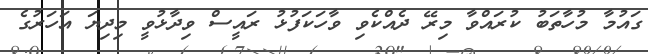
ގައުމާ މުހާތަބު ކުރައްވާ މިރޭ ދެއްކެވި ވާހަކަފުޅު ރައީސް ވިދާޅުވީ މިދިޔަ އަހަރުގެ